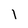
Character: 1